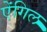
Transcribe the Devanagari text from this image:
ऐंगिल